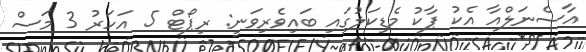
އާސެނަލްއާ އެކު ޕާކު މެޑިކަލުގައި ބައިވެރިވަނީ: ރިޕޯޓް 5 އަހަރު 3 މަސް